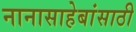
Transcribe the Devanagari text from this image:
नानासाहेबांसाठी